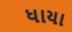
ધાયા